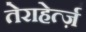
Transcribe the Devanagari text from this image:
तेराहेर्त्ज़